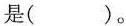
是( )。